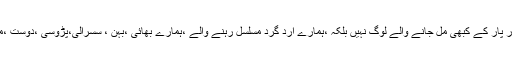
کیونکہ یاد ہی نہیں کہ یہ کوئی دور پار کے کبھی مل جانے والے لوگ نہیں بلکہ ،ہمارے ارد گرد مسلسل رہنے والے ،ہمارے بھائی ،بہن ، سسرالی،پڑوسی ،دوست ،ملازم ،ازواج اولاد حتی کہ والدین !